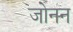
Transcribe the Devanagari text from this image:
जोनन